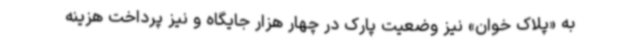
به «پلاک خوان» نیز وضعیت پارک در چهار هزار جایگاه و نیز پرداخت هزینه